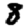
Digit: 8